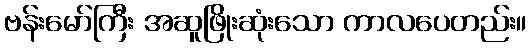
ဗန်းမော်ကြီး အဆူဖြိုးဆုံးသော ကာလပေတည်း။